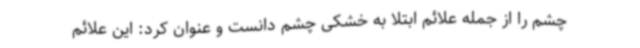
چشم را از جمله علائم ابتلا به خشکی چشم دانست و عنوان کرد: این علائم